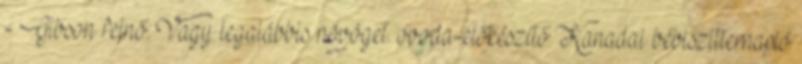
- Gibson felnő. Vagy legalábbis növöget. óvoda-előkészítő Kanadai bébiszitternapló